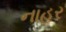
નાહર